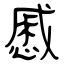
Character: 慼